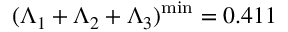
( \Lambda _ { 1 } + \Lambda _ { 2 } + \Lambda _ { 3 } ) ^ { \mathrm { m i n } } = 0 . 4 1 1